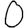
Digit: 0